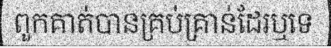
ពួកគាត់បានគ្រប់គ្រាន់ដែរឬទេ